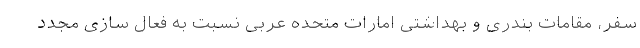
سفر، مقامات بندری و بهداشتی امارات متحده عربی نسبت به فعال سازی مجدد